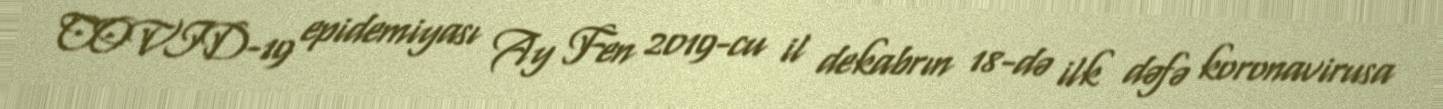
COVID-19 epidemiyası Ay Fen 2019-cu il dekabrın 18-də ilk dəfə koronavirusa